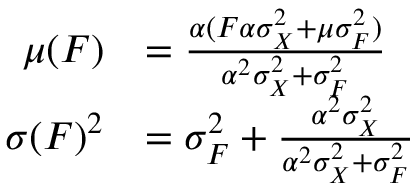
\begin{array} { r l } { \mu ( F ) } & { = \frac { \alpha ( F \alpha \sigma _ { X } ^ { 2 } + \mu \sigma _ { F } ^ { 2 } ) } { \alpha ^ { 2 } \sigma _ { X } ^ { 2 } + \sigma _ { F } ^ { 2 } } } \\ { \sigma ( F ) ^ { 2 } } & { = \sigma _ { F } ^ { 2 } + \frac { \alpha ^ { 2 } \sigma _ { X } ^ { 2 } } { \alpha ^ { 2 } \sigma _ { X } ^ { 2 } + \sigma _ { F } ^ { 2 } } } \end{array}